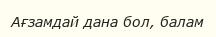
Ағзамдай дана бол, балам